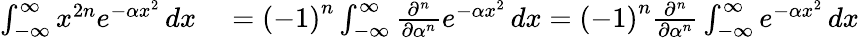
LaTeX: \begin{array}{rl}{\int_{-\infty}^{\infty}x^{2n}e^{-\alpha x^{2}}\, dx}&{{}=\left(-1\right)^{n}\int_{-\infty}^{\infty}{\frac{\partial^{n}}{\partial\alpha^{n}}}e^{-\alpha x^{2}}\, dx=\left(-1\right)^{n}{\frac{\partial^{n}}{\partial\alpha^{n}}}\int_{-\infty}^{\infty}e^{-\alpha x^{2}}\, dx}\end{array}